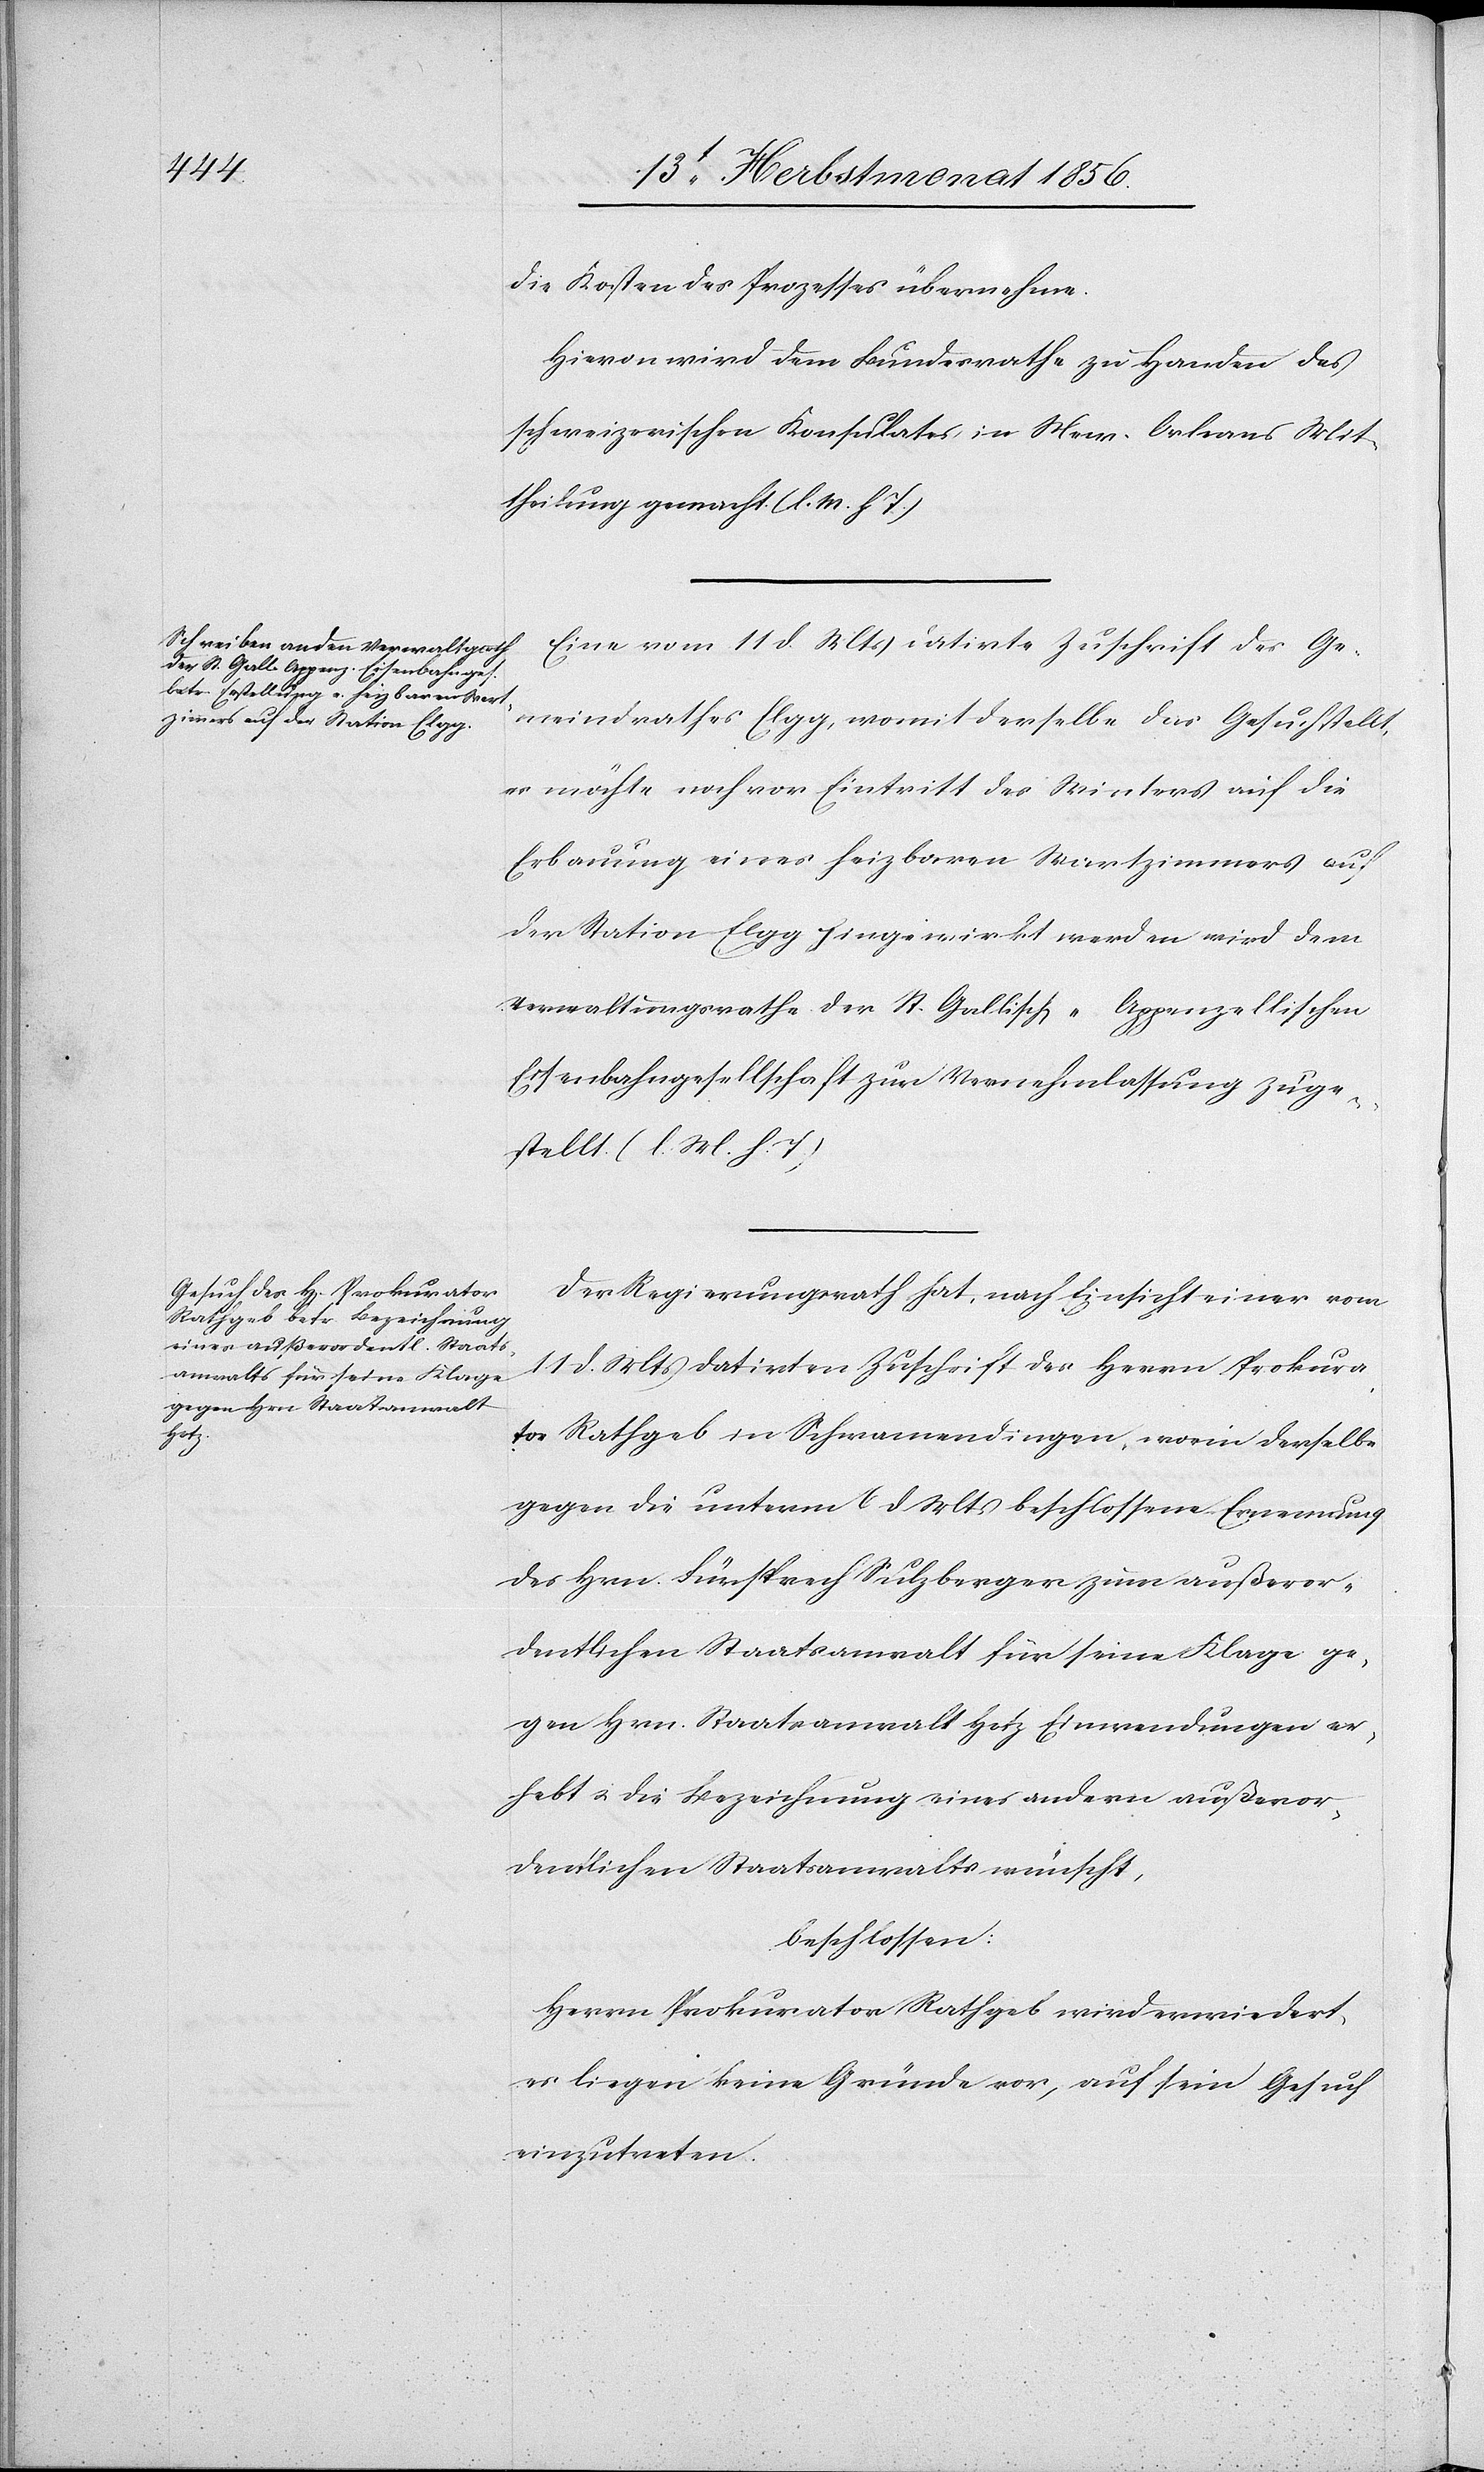
die Kosten des Prozesses übernehme.
Hievon wird dem Bundesrathe zu Handen des
schweizerischen Konsulates in New-Orleans Mit¬
theilung gemacht. (l. M. h T.)
Eine vom 11 d. Mts datirte Zuschrift des Ge¬
meindrathes Elgg, womit derselbe das Gesuch stellt,
es möchte noch vor Eintritt des Winters auf die
Erbauung eines heizbaren Wartzimmers auf
der Station Elgg hingewirkt werden wird dem
Verwaltungsrathe der St. Gallisch-Appenzellischen
Eisenbahngesellschaft zur Vernehmlassung zuge¬
stellt. (l. M. h. T)
Der Regierungsrath hat, nach Einsicht einer vom
11 d. Mts datirten Zuschrift des Herrn Prokura¬
tor Rathgeb in Schwamendingen, worin derselbe
gegen die unterm 6 d Mts beschlossene Ernennung
des Hrn. Fürsprech Sulzberger zum außeror¬
dentlichen Staatsanwalt für seine Klage ge¬
gen Hrn. Staatsanwalt Hotz Einwendungen er¬
hebt u. die Bezeichnung eines andern außeror¬
dentlichen Staatsanwalts wünscht,
beschlossen:
Herrn Prokurator Rathgeb wird erwiedert,
es liegen keine Gründe vor, auf sein Gesuch
einzutreten.